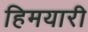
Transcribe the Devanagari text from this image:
हिमयारी